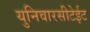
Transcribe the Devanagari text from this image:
युनिवारसीटेईट